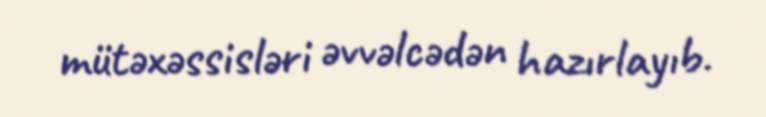
mütəxəssisləri əvvəlcədən hazırlayıb.